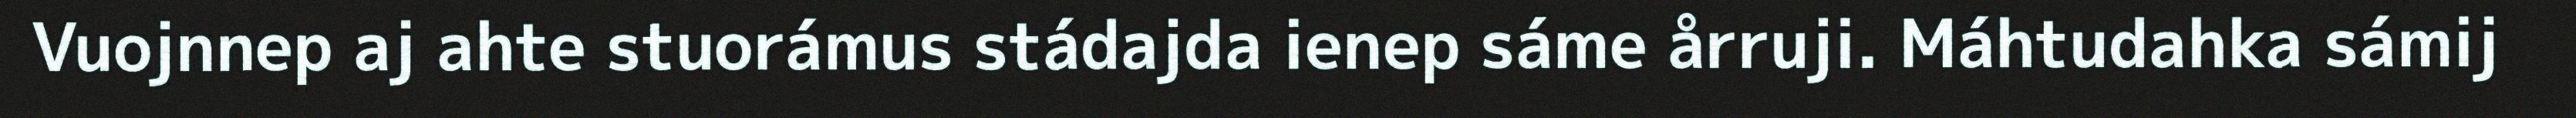
Vuojnnep aj ahte stuorámus stádajda ienep sáme årruji. Máhtudahka sámij